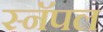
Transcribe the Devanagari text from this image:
स्नॅपल